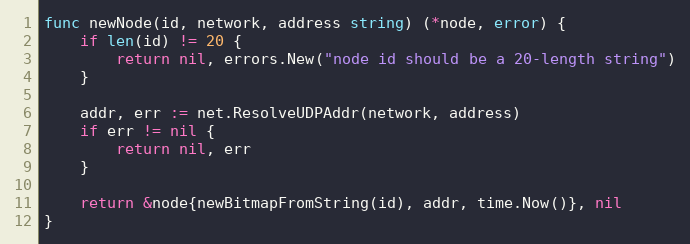
Language: Go
func newNode(id, network, address string) (*node, error) {
	if len(id) != 20 {
		return nil, errors.New("node id should be a 20-length string")
	}

	addr, err := net.ResolveUDPAddr(network, address)
	if err != nil {
		return nil, err
	}

	return &node{newBitmapFromString(id), addr, time.Now()}, nil
}